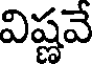
విష్ణవే